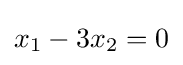
x_{1}-3x_{2}=0